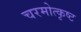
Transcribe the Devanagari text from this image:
चरमोत्कृष्ट